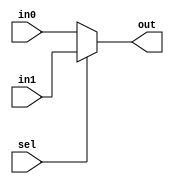
//-----------------------------------------------------------------------------
// Multiplexers
//-----------------------------------------------------------------------------

// Two-input MUX with parameterized bit width (default: 32-bits)
module mux2 #( parameter W = 32 )
(
    input[W-1:0]    in0,
    input[W-1:0]    in1,
    input           sel,
    output[W-1:0]   out
);

    // Conditional operator - http://www.verilog.renerta.com/source/vrg00010.htm
    assign out = (sel) ? in1 : in0;

endmodule

// Four-input MUX with parameterized bit width (default: 32-bits)
module mux4 #( parameter W = 32 )
(
    input [W-1:0] in0,              // 4-bit input called a
    input [W-1:0] in1,              // 4-bit input called b
    input [W-1:0] in2,              // 4-bit input called c
    input [W-1:0] in3,              // 4-bit input called d
    input [1:0] sel,                // input sel used to select between a,b,c,d
    output [W-1:0] out              // 4-bit output based on input sel
);

    // When sel[1] is 0, (sel[0]? b:a) is selected and when sel[1] is 1, (sel[0] ? d:c) is taken
    // When sel[0] is 0, a is sent to output, else b and when sel[0] is 0, c is sent to output, else d
    assign out = sel[1] ? (sel[0] ? in3 : in2) : (sel[0] ? in1 : in0);

endmodule

// Eight-input MUX with parameterized bit width (default: 32-bits)
module mux8 #( parameter W = 32 )
(
    input [W-1:0] in0, in1, in2, in3, in4, in5, in6, in7,
    input [2:0] sel,    
    output [W-1:0] out
);

    // When sel[2] is 0, (sel[1] ? d:c:b:a) is selected and when sel[2] is 1, (sel[1] ? h:g:f:e) is taken
    // When sel[1] is 0, (sel[0] ? b:a) is selected and when sel[1] is 1, (sel[0] ? d:c) is taken
    // When sel[0] is 0, a is sent to output, else b and when sel[0] is 0, c is sent to output, else d
    assign out = sel[2] ? (sel[1] ? (sel[0] ? in7 : in6) : (sel[0] ? in5 : in4)) : (sel[1] ? (sel[0] ? in3 : in2) : (sel[0] ? in1 : in0));

endmodule